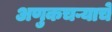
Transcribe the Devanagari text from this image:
अणुकचऱ्याचे